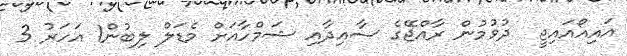
އައިއޯއައިޖީ  ދުވުމުން ރާއްޖޭގެ ސާއިދާއި ޝަމްހާއަށް މެޑަލް ލިބުން1 އަހަރު 3